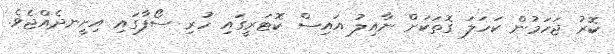
ކޮރު ޖަހަމުން ކަހަލަ ގޮތަކަށް ނާއިލު އައިސް ކޮޓަރީގައި ހުރި ސޯފާގައި އިށީނދެއްޖެވެ.